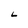
Character: L